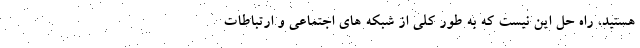
هستید، راه حل این نیست که به طور کلی از شبکه های اجتماعی و ارتباطات